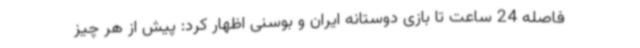
فاصله 24 ساعت تا بازی دوستانه ایران و بوسنی اظهار کرد: پیش از هر چیز